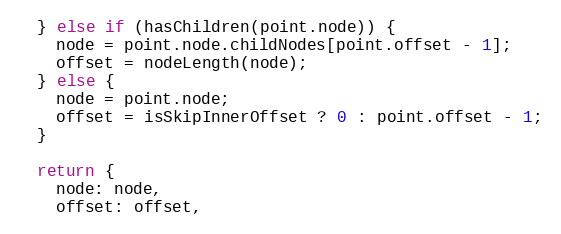
Language: JavaScript
  } else if (hasChildren(point.node)) {
    node = point.node.childNodes[point.offset - 1];
    offset = nodeLength(node);
  } else {
    node = point.node;
    offset = isSkipInnerOffset ? 0 : point.offset - 1;
  }

  return {
    node: node,
    offset: offset,